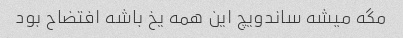
مگه میشه ساندویچ این همه یخ باشه افتضاح بود